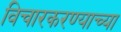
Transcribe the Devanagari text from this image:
विचारकरण्याच्या